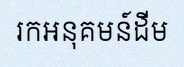
រកអនុគមន៍ដើម